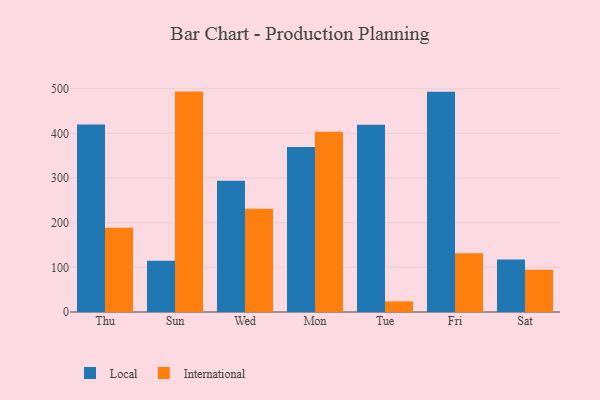
{"axis": {"x": "Day", "y": "Customer Acquisition Cost (USD)"}, "legend": ["International", "Local"], "data": [{"x": "Thu", "y": 419.9, "type": "Local"}, {"x": "Thu", "y": 188.7, "type": "International"}, {"x": "Sun", "y": 114.6, "type": "Local"}, {"x": "Sun", "y": 493.5, "type": "International"}, {"x": "Wed", "y": 294.1, "type": "Local"}, {"x": "Wed", "y": 231.0, "type": "International"}, {"x": "Mon", "y": 369.6, "type": "Local"}, {"x": "Mon", "y": 403.4, "type": "International"}, {"x": "Tue", "y": 419.5, "type": "Local"}, {"x": "Tue", "y": 23.8, "type": "International"}, {"x": "Fri", "y": 493.4, "type": "Local"}, {"x": "Fri", "y": 131.7, "type": "International"}, {"x": "Sat", "y": 117.7, "type": "Local"}, {"x": "Sat", "y": 94.5, "type": "International"}]}